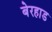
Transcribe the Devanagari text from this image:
बेरहाड